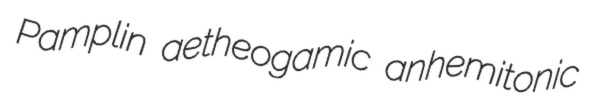
Pamplin aetheogamic anhemitonic